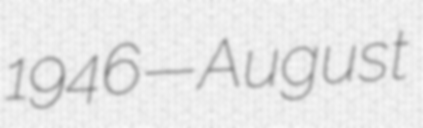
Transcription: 1946—August